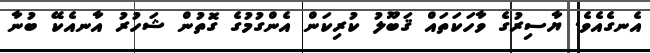
އެނގެއެވެ. ޔާސިރުގެ ވާހަކަތައް ޤަބޫލު ކުރިކަން އެންގުމުގެ ގޮތުން ޝަހުރު އާނއެކޭ ބުނާ